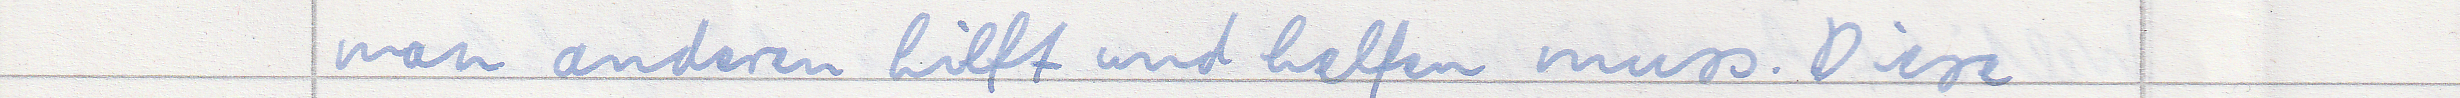
man anderen hilft und helfen muss. Diese